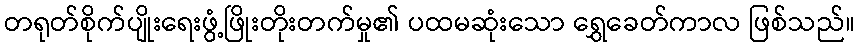
တရုတ်စိုက်ပျိုးရေးဖွံ့ဖြိုးတိုးတက်မှု၏ ပထမဆုံးသော ရွှေခေတ်ကာလ ဖြစ်သည်။